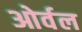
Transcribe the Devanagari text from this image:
ओर्वल